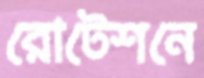
রোটেশনে